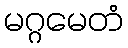
မဂ္ဂမေတံ